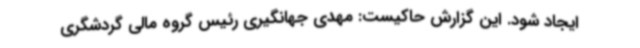
ایجاد شود. این گزارش حاکیست: مهدی جهانگیری رئیس گروه مالی گردشگری